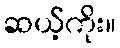
ဆယ့်ကိုး။